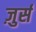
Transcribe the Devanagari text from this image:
ज़ुर्स